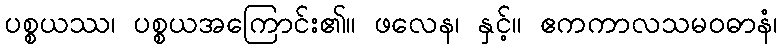
ပစ္စယဿ၊ ပစ္စယအကြောင်း၏။ ဖလေန၊ နှင့်။ ဧကကာလသမဝဓာနံ၊